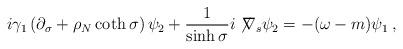
LaTeX: \begin{align*}i\gamma_{1}\left(\partial_{\sigma}+\rho_N\coth\sigma\right)\psi_{2}+\frac{1}{\sinh\sigma}i\not\!\nabla_s\psi_{2}=-(\omega-m)\psi_{1} \:,\end{align*}